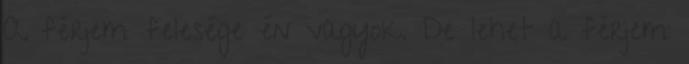
A férjem felesége én vagyok. De lehet a férjem